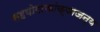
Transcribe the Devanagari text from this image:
सहयोगाकांक्षाजन्य